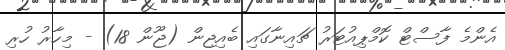
އެންމެ ފާސްޓް ކޮމްޕިއުޓަރު ޗައިނާގައި ބެއިޖިން (ޖޫން 18) - މިހާރު ހުރި